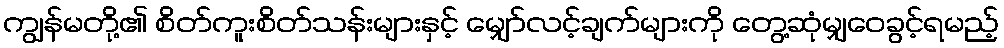
ကျွန်မတို့၏ စိတ်ကူးစိတ်သန်းများနှင့် မျှော်လင့်ချက်များကို တွေ့ဆုံမျှဝေခွင့်ရမည့်